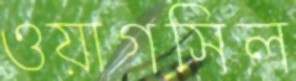
ওয়াগসিল